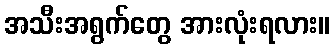
အသီးအရွက်တွေ အားလုံးရလား။